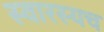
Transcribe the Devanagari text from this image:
स्वारस्यच